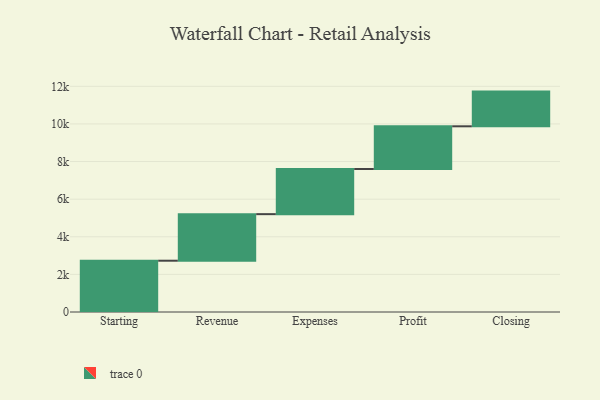
{"axis": {"x": "Step", "y": "Value"}, "legend": [""], "data": [{"x": "Starting", "y": 2727.0, "type": ""}, {"x": "Revenue", "y": 2476.0, "type": ""}, {"x": "Expenses", "y": 2400.0, "type": ""}, {"x": "Profit", "y": 2271.0, "type": ""}, {"x": "Closing", "y": 1845.0, "type": ""}]}